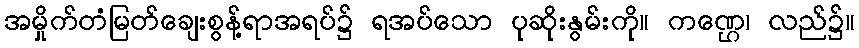
အမှိုက်တံမြတ်ချေးစွန့်ရာအရပ်၌ ရအပ်သော ပုဆိုးနွမ်းကို။ ကဏ္ဌေ၊ လည်၌။